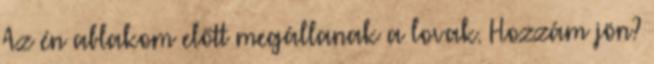
Az én ablakom előtt megállanak a lovak. Hozzám jön?